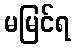
မမြင်ရ